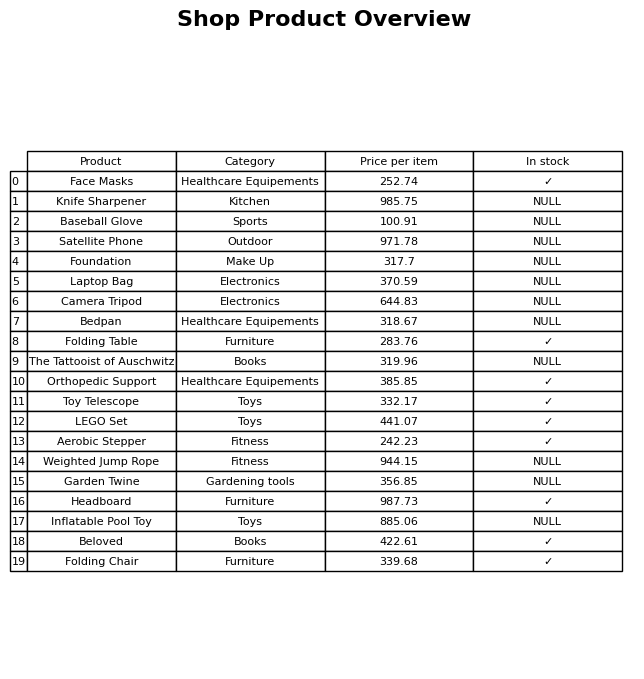
question: What is the price for Baseball Glove?
answer: The price of Baseball Glove is 100.91.